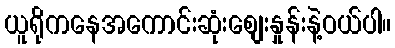
ယူရိုကနေအကောင်းဆုံးစျေးနှုန်းနဲ့ဝယ်ပါ။